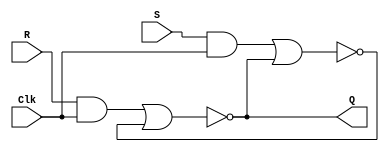
// A gated RS latch
module part2 (Clk, R, S, Q);
  input Clk, R, S;
  output Q;
  
  wire R_g, S_g, Qa, Qb /* synthesis keep */ ;
  
  assign R_g = R & Clk;
  assign S_g = S & Clk;
  assign Qa = ~(R_g | Qb);
  assign Qb = ~(S_g | Qa);
  
  assign Q = Qa;
  
endmodule